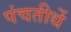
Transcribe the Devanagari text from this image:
पंचतीर्थे